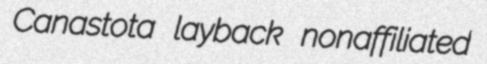
Canastota layback nonaffiliated